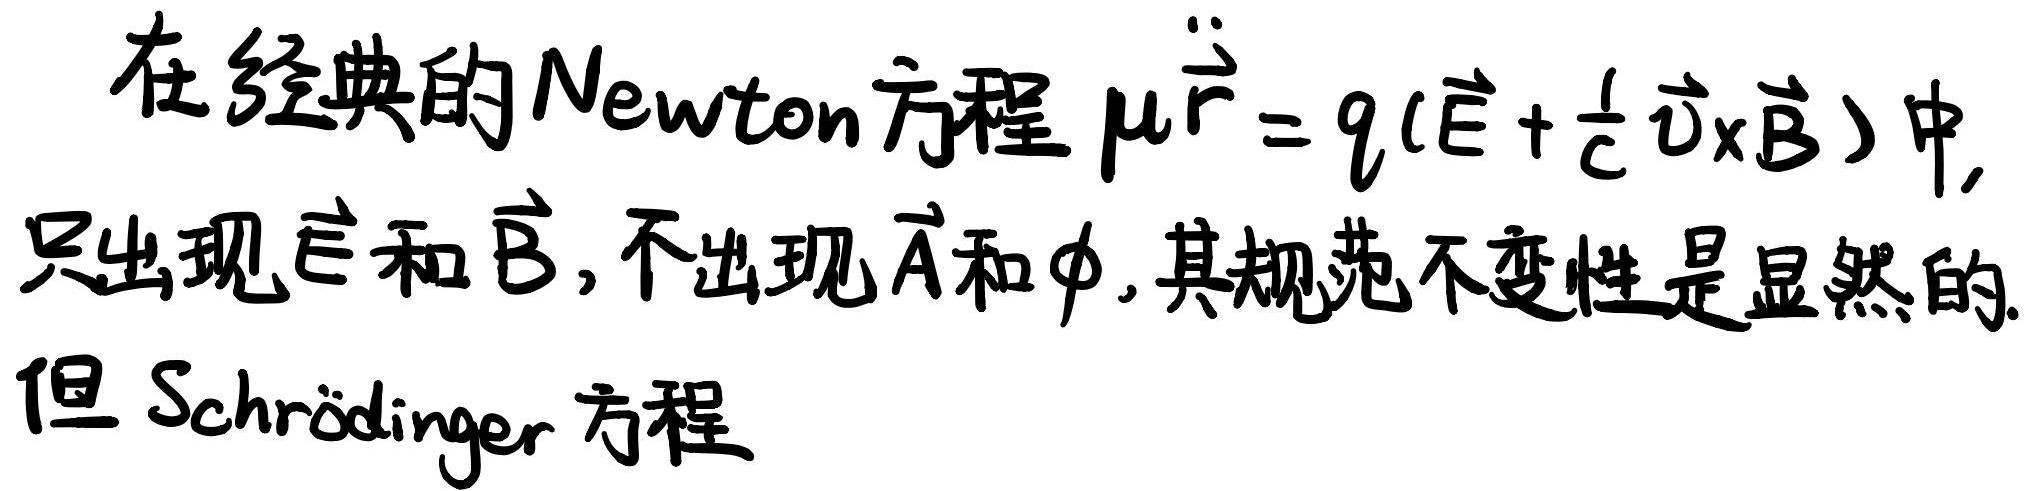
在经典的Newton方程$\mu\ddot{\vec{r}} = q(\vec{E} + \frac{1}{c}\vec{v}\times\vec{B})$中,只出现$\vec{E}$和$\vec{B}$,不出现$\vec{A}$和$\phi$,其规范不变性是显然的.但Schrödinger方程